Scottish Leaving Certificate Examination, 1954
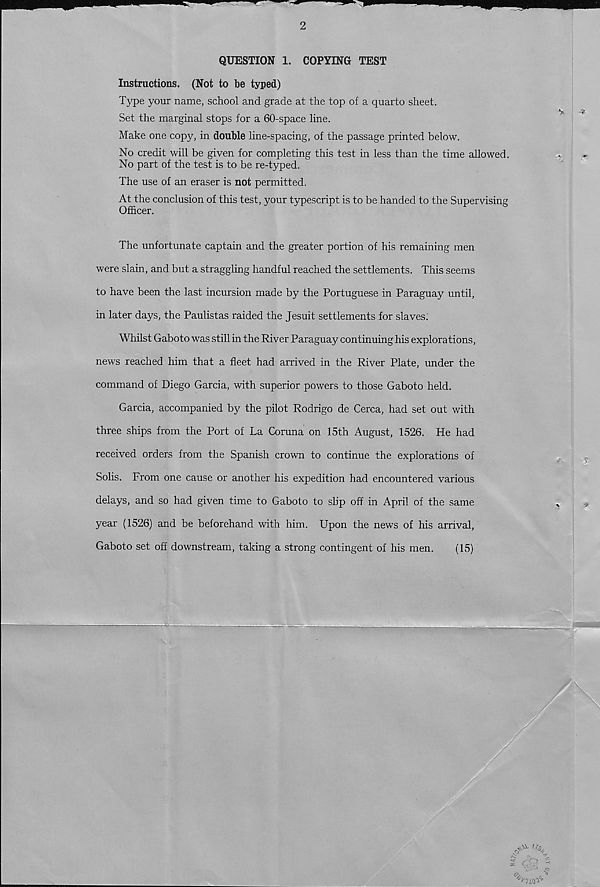
2
QUESTION 1. COPYING TEST
Instructions. (Not to be typed)
Type your name, school and grade at the top of a quarto sheet.
Set the marginal stops for a 60-space line.
Make one copy, in double line-spacing, of the passage printed below.
No credit will be given for completing this test in less than the time allowed.
No part of the test is to be re-typed.
The use of an eraser is not permitted.
At the conclusion of this test, your typescript is to be handed to the Supervising
Officer.
The unfortunate captain and the greater portion of his remaining men
were slain, and but a straggling handful reached the settlements. This seems
to have been the last incursion made by the Portuguese in Paraguay until,
in later days, the Paulistas raided the Jesuit settlements for slaves.
Whilst Gaboto was still in the River Paraguay continuing his explorations,
news reached him that a fleet had arrived in the River Plate, under the
command of Diego Garcia, with superior powers to those Gaboto held.
Garcia, accompanied by the pilot Rodrigo de Cerca, had set out with
three ships from the Port of La Coruna on 15th August, 1526. He had
received orders from the Spanish crown to continue the explorations of
Solis. From one cause or another his expedition had encountered various
delays, and so had given time to Gaboto to slip off in April of the same
year (1526) and be beforehand with him. Upon the news of his arrival,
Gaboto set off downstream, taking a strong contingent of his men.
(15)